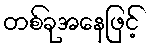
တစ်ခုအနေဖြင့်